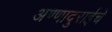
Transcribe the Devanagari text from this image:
अण्णादुराईचे